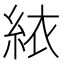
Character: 𬗑